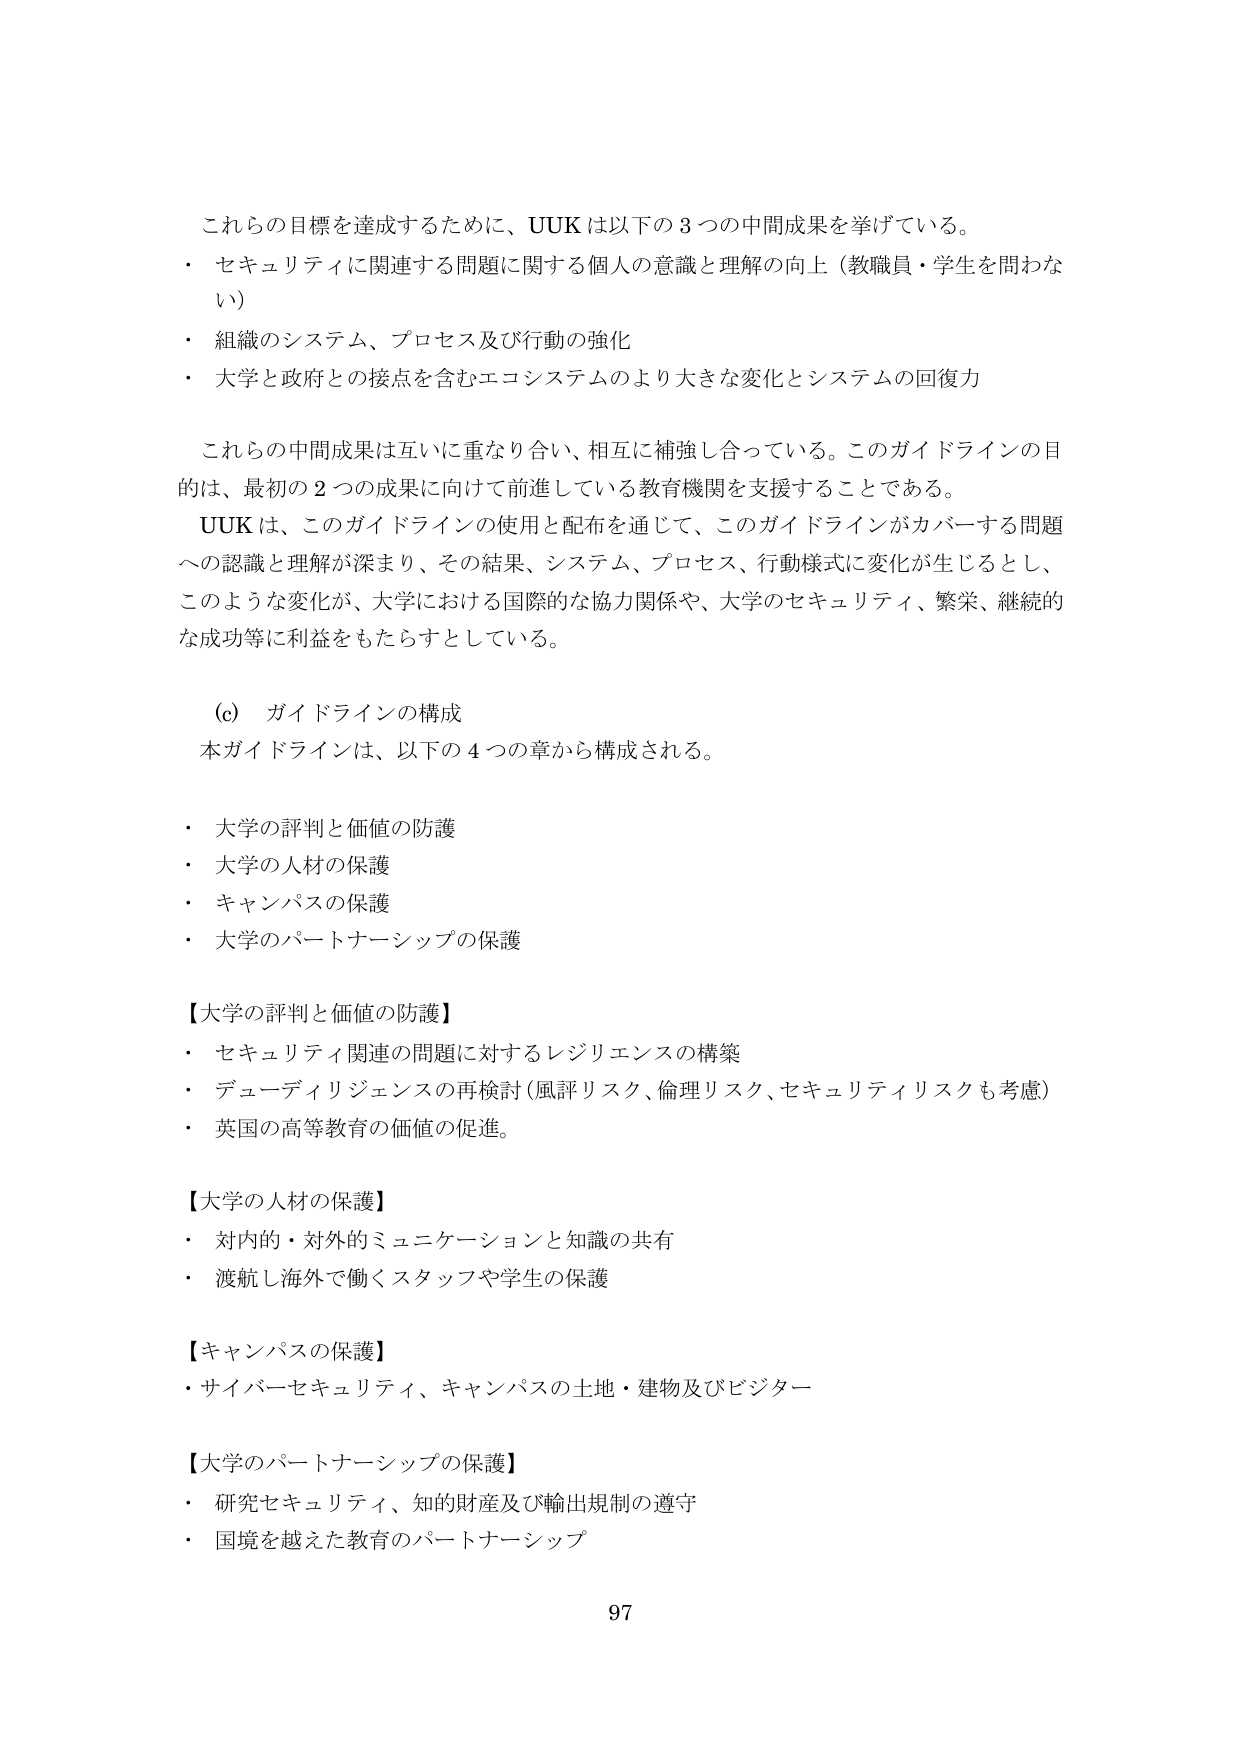
これらの目標を達成するために、UUK は以下の 3 つの中間成果を挙げている。
・ セキュリティに関連する問題に関する個人の意識と理解の向上（教職員・学生を問わない）
・ 組織のシステム、プロセス及び行動の強化
・ 大学と政府との接点を含むエコシステムのより大きな変化とシステムの回復力

これらの中間成果は互いに重なり合い、相互に補強し合っている。このガイドラインの目的は、最初の 2 つの成果に向けて前進している教育機関を支援することである。

UUK は、このガイドラインの使用と配布を通じて、このガイドラインがカバーする問題への認識と理解が深まり、その結果、システム、プロセス、行動様式に変化が生じるとし、このような変化が、大学における国際的な協力関係や、大学のセキュリティ、繁栄、継続的な成功等に利益をもたらすとしている。

(c) ガイドラインの構成
本ガイドラインは、以下の 4 つの章から構成される。
・ 大学の評判と価値の防護
・ 大学の人材の保護
・ キャンパスの保護
・ 大学のパートナーシップの保護

【大学の評判と価値の防護】
・ セキュリティ関連の問題に対するレジリエンスの構築
・ デューディリジェンスの再検討（風評リスク、倫理リスク、セキュリティリスクも考慮）
・ 英国の高等教育の価値の促進。

【大学の人材の保護】
・ 対内的・対外的ミュニケーションと知識の共有
・ 渡航し海外で働くスタッフや学生の保護

【キャンパスの保護】
・ サイバーセキュリティ、キャンパスの土地・建物及びビジター

【大学のパートナーシップの保護】
・ 研究セキュリティ、知的財産及び輸出規制の遵守
・ 国境を越えた教育のパートナーシップ

97